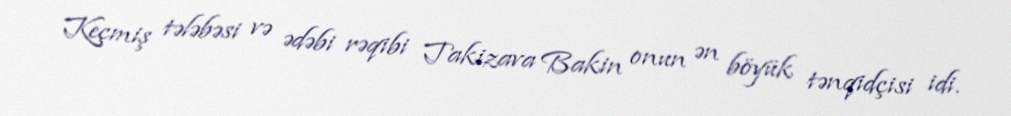
Keçmiş tələbəsi və ədəbi rəqibi Takizava Bakin onun ən böyük tənqidçisi idi.